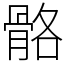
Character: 骼